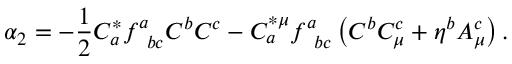
\alpha _ { 2 } = - \frac { 1 } { 2 } C _ { a } ^ { * } f _ { \; \; b c } ^ { a } C ^ { b } C ^ { c } - C _ { a } ^ { * \mu } f _ { \; \; b c } ^ { a } \left( C ^ { b } C _ { \mu } ^ { c } + \eta ^ { b } A _ { \mu } ^ { c } \right) .